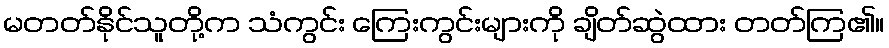
မတတ်နိုင်သူတို့က သံကွင်း ကြေးကွင်းများကို ချိတ်ဆွဲထား တတ်ကြ၏။